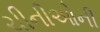
ચીનીઓની